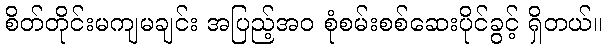
စိတ်တိုင်းမကျမချင်း အပြည့်အဝ စုံစမ်းစစ်ဆေးပိုင်ခွင့် ရှိတယ်။